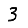
Digit: 3